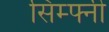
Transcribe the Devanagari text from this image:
सिम्फ्नी